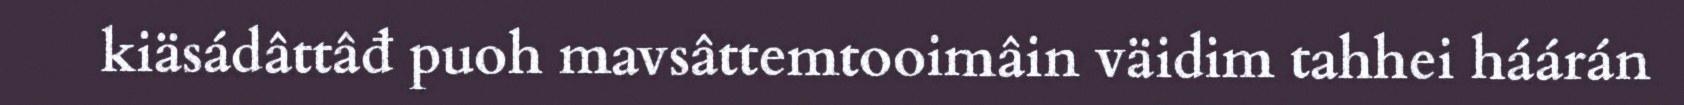
kiäsádâttâđ puoh mavsâttemtooimâin väidim tahhei háárán